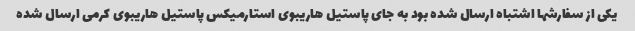
یکی از سفارشها اشتباه ارسال شده بود به جای پاستیل هاریبوی استارمیکس پاستیل هاریبوی کرمی ارسال شده